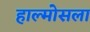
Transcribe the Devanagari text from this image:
हाल्मोसला